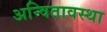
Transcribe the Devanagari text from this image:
अन्वितावस्था